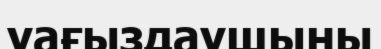
уағыздаушыны